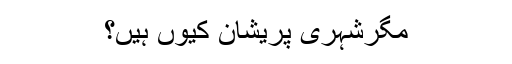
مگرشہری پریشان کیوں ہیں؟